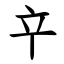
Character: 䇂